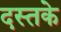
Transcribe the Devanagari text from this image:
दस्तके